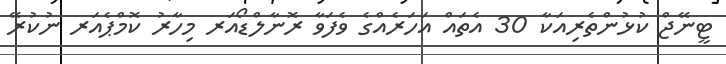
ޓީނޭޖް ކުޅުންތެރިއަކާ 30 އެތައް އަހަރެއްގެ ވެފަވާ ރޮނާލްޑޯއަރ މިހާރު ކޮމްޕެއަރ ނުކުރޭ